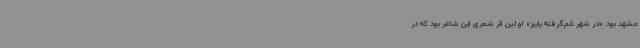
مشهد بود. «در شهر غم‌گرفته پاییز» اولین اثر شعری این شاعر بود که در